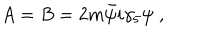
A = B = 2 m \bar { \psi } i \gamma _ { 5 } \psi \; ,